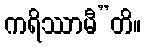
ကရိဿာမီ”တိ။